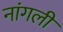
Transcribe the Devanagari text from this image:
नांगली